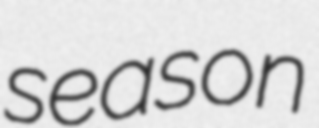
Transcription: season